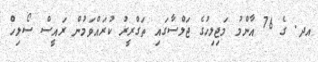
އދ. ގެ 76 އާންމު މަޖިލިހުގެ ޖަލްސާގައި ތަގްރީރު ކުރައްވަމުން ރައީސް ސޯލިހް